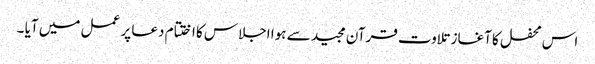
اس محفل کا آغاز تلاوت قرآن مجید سے ہوا اجلاس کا اختتام دعا پر عمل میں آیا ۔